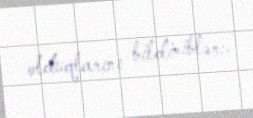
olduqlarını bildiriblər:.